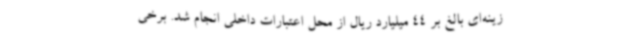
زینه‌ای بالغ بر 44 میلیارد ریال از محل اعتبارات داخلی انجام شد. برخی